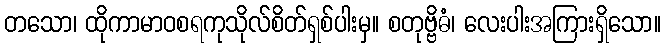
တသော၊ ထိုကာမာဝစရကုသိုလ်စိတ်ရှစ်ပါးမှ။ စတုဗ္ဗိဓံ၊ လေးပါးအကြားရှိသော။